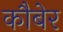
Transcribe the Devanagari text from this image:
कौबेर